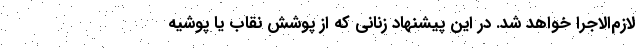
لازم‌الاجرا خواهد شد. در این پیشنهاد زنانی که از پوشش نقاب یا پوشیه